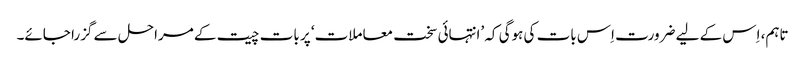
تاہم، اِس کے لیے ضرورت اِس بات کی ہوگی کہ ’انتہائی سخت معاملات‘ پر بات چیت کے مراحل سے گزرا جائے۔